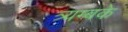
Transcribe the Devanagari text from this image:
त्र्यम्बके